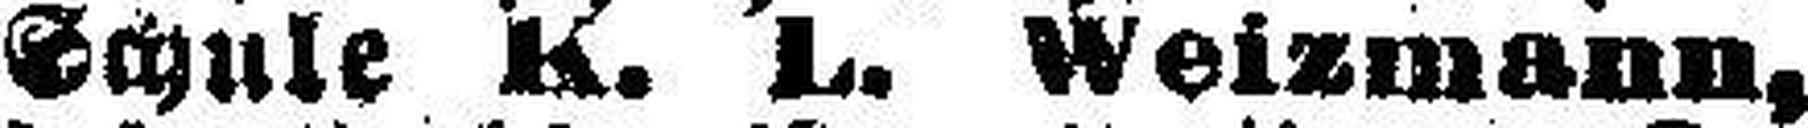
Schule K. L. Weizmann,